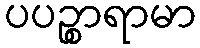
ပပဉ္စာရာမာ